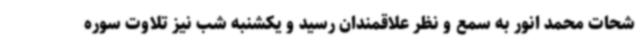
شحات محمد انور به سمع و نظر علاقمندان رسید و یکشنبه شب نیز تلاوت سوره